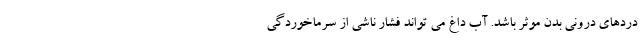
دردهای درونی بدن موثر باشد. آب داغ می تواند فشار ناشی از سرماخوردگی